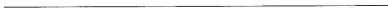
___